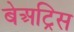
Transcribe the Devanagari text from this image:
बेअट्रिस